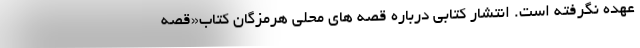
عهده نگرفته است. انتشار کتابی درباره قصه های محلی هرمزگان کتاب«قصه